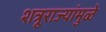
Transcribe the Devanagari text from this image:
शत्रूराज्यांमुळे